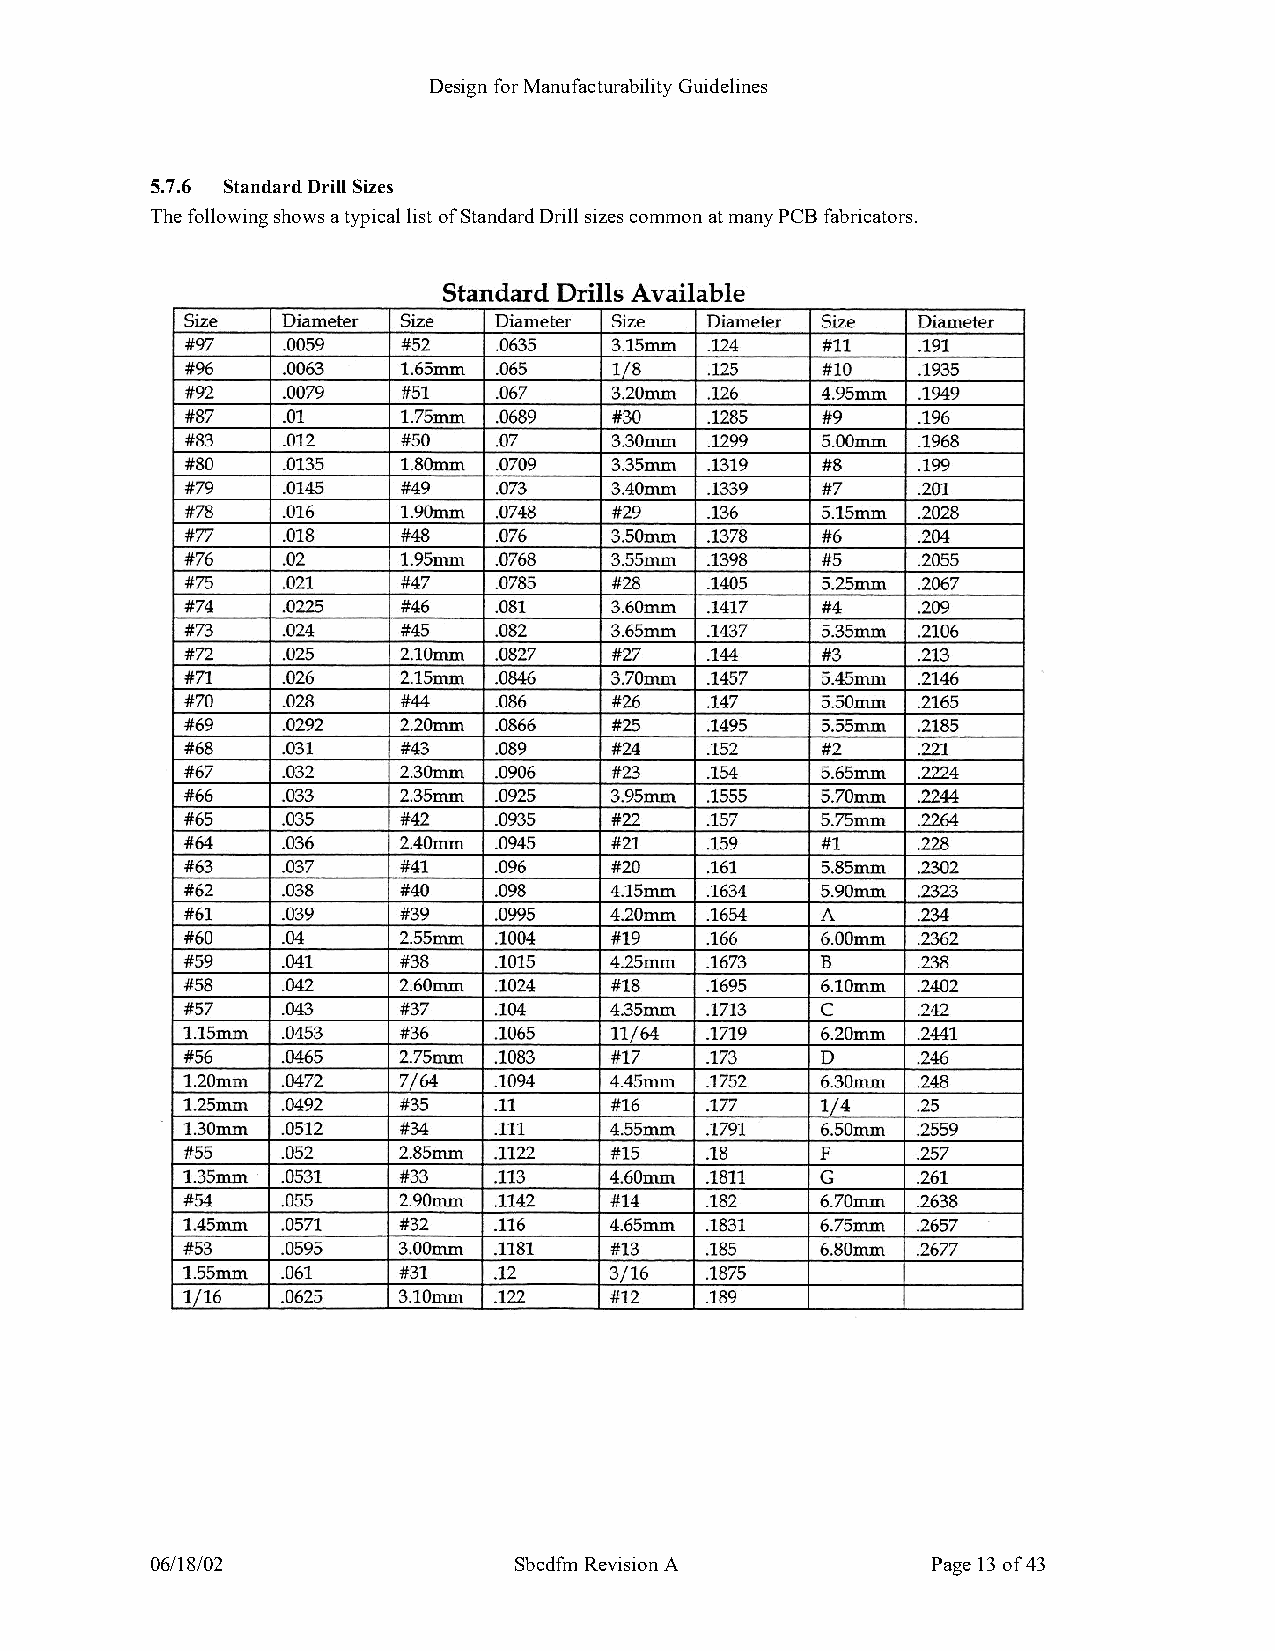
Design for Manufacturability Guidelines
 5.7.6 Standard Drill Sizes
 The following shows a typical list of Standard Drill sizes common at many PCB fabricators.
 06/18/02                Sbcdfm Revision A           Page 13 of 43